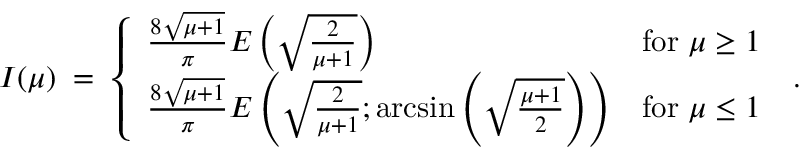
I ( \mu ) \; = \; \left\{ \begin{array} { l l } { { \frac { 8 \sqrt { \mu + 1 } } { \pi } E \left( \sqrt { \frac { 2 } { \mu + 1 } } \right) } } & { { \mathrm { f o r } \; \mu \geq 1 } } \\ { { \frac { 8 \sqrt { \mu + 1 } } { \pi } E \left( \sqrt { \frac { 2 } { \mu + 1 } } ; \arcsin \left( \sqrt { \frac { \mu + 1 } { 2 } } \right) \right) } } & { { \mathrm { f o r } \; \mu \leq 1 } } \end{array} \right. \; .